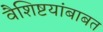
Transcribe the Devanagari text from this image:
वैशिष्टयांबाबत